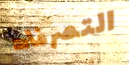
التصرفات